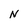
Character: N